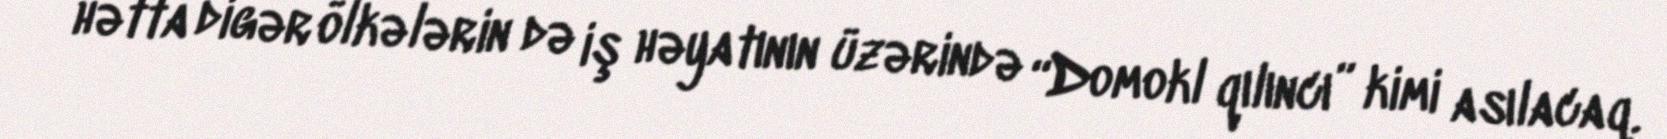
hətta digər ölkələrin də iş həyatının üzərində “Domokl qılıncı” kimi asılacaq.